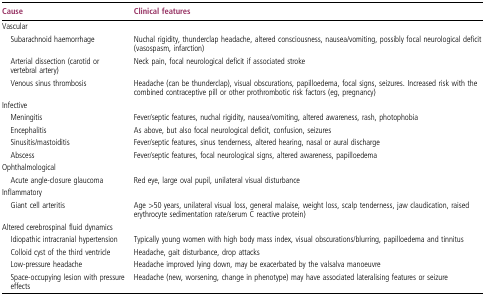
| Cause | Clinical features |
 | --- | --- |
 | <COLSPAN=2> Vascular |
 | Subarachnoid haemorrhage | Nuchal rigidity, thunderclap headache, altered consciousness, nausea/vomiting, possibly focal neurological deficit (vasospasm, infarction) |
 | Arterial dissection (carotid or vertebral artery) | Neck pain, focal neurological deficit if associated stroke |
 | Venous sinus thrombosis | Headache (can be thunderclap), visual obscurations, papilloedema, focal signs, seizures. Increased risk with the combined contraceptive pill or other prothrombotic risk factors (eg, pregnancy) |
 | <COLSPAN=2> Infective |
 | Meningitis | Fever/septic features, nuchal rigidity, nausea/vomiting, altered awareness, rash, photophobia |
 | Encephalitis | As above, but also focal neurological deficit, confusion, seizures |
 | Sinusitis/mastoiditis | Fever/septic features, sinus tenderness, altered hearing, nasal or aural discharge |
 | Abscess | Fever/septic features, focal neurological signs, altered awareness, papilloedema |
 | <COLSPAN=2> Ophthalmological |
 | Acute angle-closure glaucoma | Red eye, large oval pupil, unilateral visual disturbance |
 | <COLSPAN=2> Inflammatory |
 | Giant cell arteritis | Age >50 years, unilateral visual loss, general malaise, weight loss, scalp tenderness, jaw claudication, raised erythrocyte sedimentation rate/serum C reactive protein) |
 | <COLSPAN=2> Altered cerebrospinal fluid dynamics |
 | Idiopathic intracranial hypertension | Typically young women with high body mass index, visual obscurations/blurring, papilloedema and tinnitus |
 | Colloid cyst of the third ventricle | Headache, gait disturbance, drop attacks |
 | Low-pressure headache | Headache improved lying down, may be exacerbated by the valsalva manoeuvre |
 | Space-occupying lesion with pressure effects | Headache (new, worsening, change in phenotype) may have associated lateralising features or seizure |